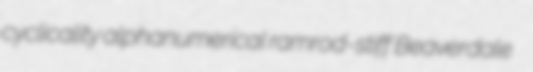
cyclicality alphanumerical ramrod-stiff Beaverdale